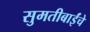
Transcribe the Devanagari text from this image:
सुमतीबाईंचे